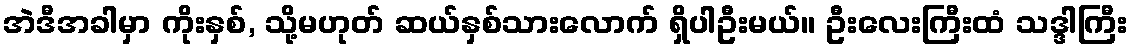
အဲဒီအခါမှာ ကိုးနှစ်, သို့မဟုတ် ဆယ်နှစ်သားလောက် ရှိပါဦးမယ်။ ဦးလေးကြီးထံ သဒ္ဒါကြီး